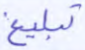
تبلغ